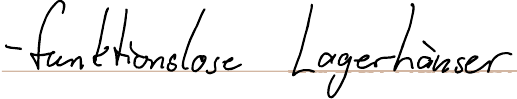
- funktionslose Lagerhäuser